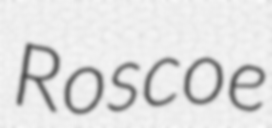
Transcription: Roscoe